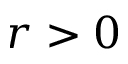
r > 0